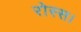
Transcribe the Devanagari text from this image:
रोस्स।